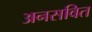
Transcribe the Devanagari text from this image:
अनसवित